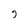
Character: j